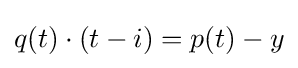
q(t)\cdot (t-i)=p(t)-y